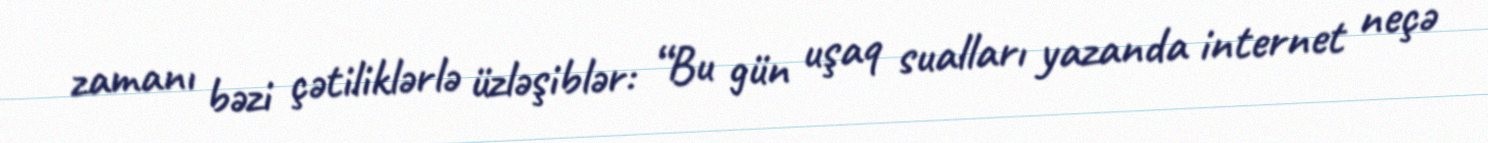
zamanı bəzi çətiliklərlə üzləşiblər: “Bu gün uşaq sualları yazanda internet neçə